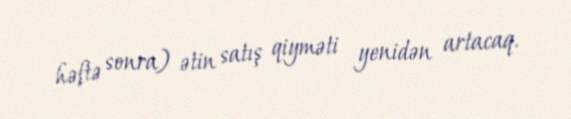
həftə sonra) ətin satış qiyməti yenidən artacaq.